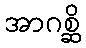
အာဂစ္ဆိ